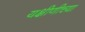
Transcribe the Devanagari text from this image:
यक्षीणीच्या